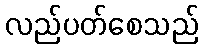
လည်ပတ်စေသည်